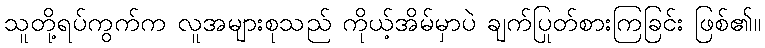
သူတို့ရပ်ကွက်က လူအများစုသည် ကိုယ့်အိမ်မှာပဲ ချက်ပြုတ်စားကြခြင်း ဖြစ်၏။